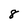
Character: 8